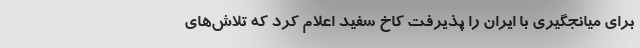
برای میانجگیری با ایران را پذیرفت کاخ سفید اعلام کرد که تلاش‌های